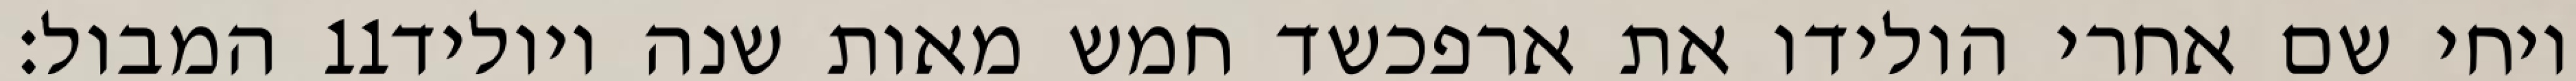
המבול׃ ‎11‏ ויחי שם אחרי הולידו את ארפכשד חמש מאות שנה ויוליד